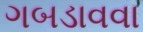
ગબડાવવા